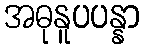
အဓုနူပပန္နာ